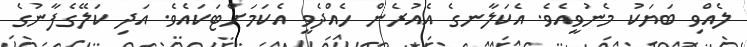
ލެއްވި ބަޔަކު މެނުވީއެވެ. އެކަލާނގެ އެއުރެން ހެއްދެވީ އެކަމަށްޓަކައެވެ. އަދި ކަލޭގެފާނުގެ